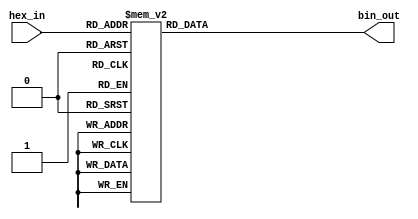
module hex_to_bin_encoder (
    input wire [3:0] hex_in,  // 4-bit hexadecimal input
    output reg [3:0] bin_out   // 4-bit binary output
);

// Combinational logic to convert hexadecimal to binary
always @(*) begin
    case (hex_in)
        4'b0000: bin_out = 4'b0000; // 0
        4'b0001: bin_out = 4'b0001; // 1
        4'b0010: bin_out = 4'b0010; // 2
        4'b0011: bin_out = 4'b0011; // 3
        4'b0100: bin_out = 4'b0100; // 4
        4'b0101: bin_out = 4'b0101; // 5
        4'b0110: bin_out = 4'b0110; // 6
        4'b0111: bin_out = 4'b0111; // 7
        4'b1000: bin_out = 4'b1000; // 8
        4'b1001: bin_out = 4'b1001; // 9
        4'b1010: bin_out = 4'b1010; // A (10)
        4'b1011: bin_out = 4'b1011; // B (11)
        4'b1100: bin_out = 4'b1100; // C (12)
        4'b1101: bin_out = 4'b1101; // D (13)
        4'b1110: bin_out = 4'b1110; // E (14)
        4'b1111: bin_out = 4'b1111; // F (15)
        default: bin_out = 4'b0000; // Default case (not necessary here)
    endcase
end

endmodule